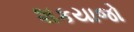
શકયાજો